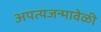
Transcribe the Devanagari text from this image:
अपत्यजन्मावेळी